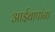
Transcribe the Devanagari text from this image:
आईबापांना